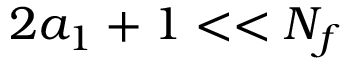
2 a _ { 1 } + 1 < < N _ { f }